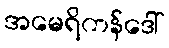
အမေရိကန်ဒေါ်